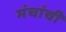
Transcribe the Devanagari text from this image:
मंचांची